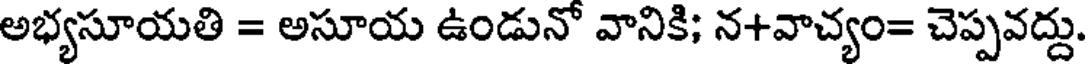
అభ్యసూయతి = అసూయ ఉండునో వానికి; న+వాచ్యం= చెప్పవద్దు.